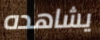
يشاهده